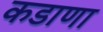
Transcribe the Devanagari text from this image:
कडाणा